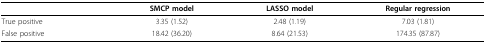
|  | SMCP model | LASSO model | Regular regression |
 | --- | --- | --- | --- |
 | True positive | 3.35 (1.52) | 2.48 (1.19) | 7.03 (1.81) |
 | False positive | 18.42 (36.20) | 8.64 (21.53) | 174.35 (87.87) |